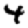
Digit: 4